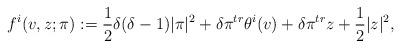
LaTeX: \begin{align*}f^{i}(v,z;\pi):=\frac12\delta(\delta-1)|\pi|^2+\delta\pi^{tr}\theta^i(v)+\delta\pi^{tr}z+\frac12|z|^2,\end{align*}